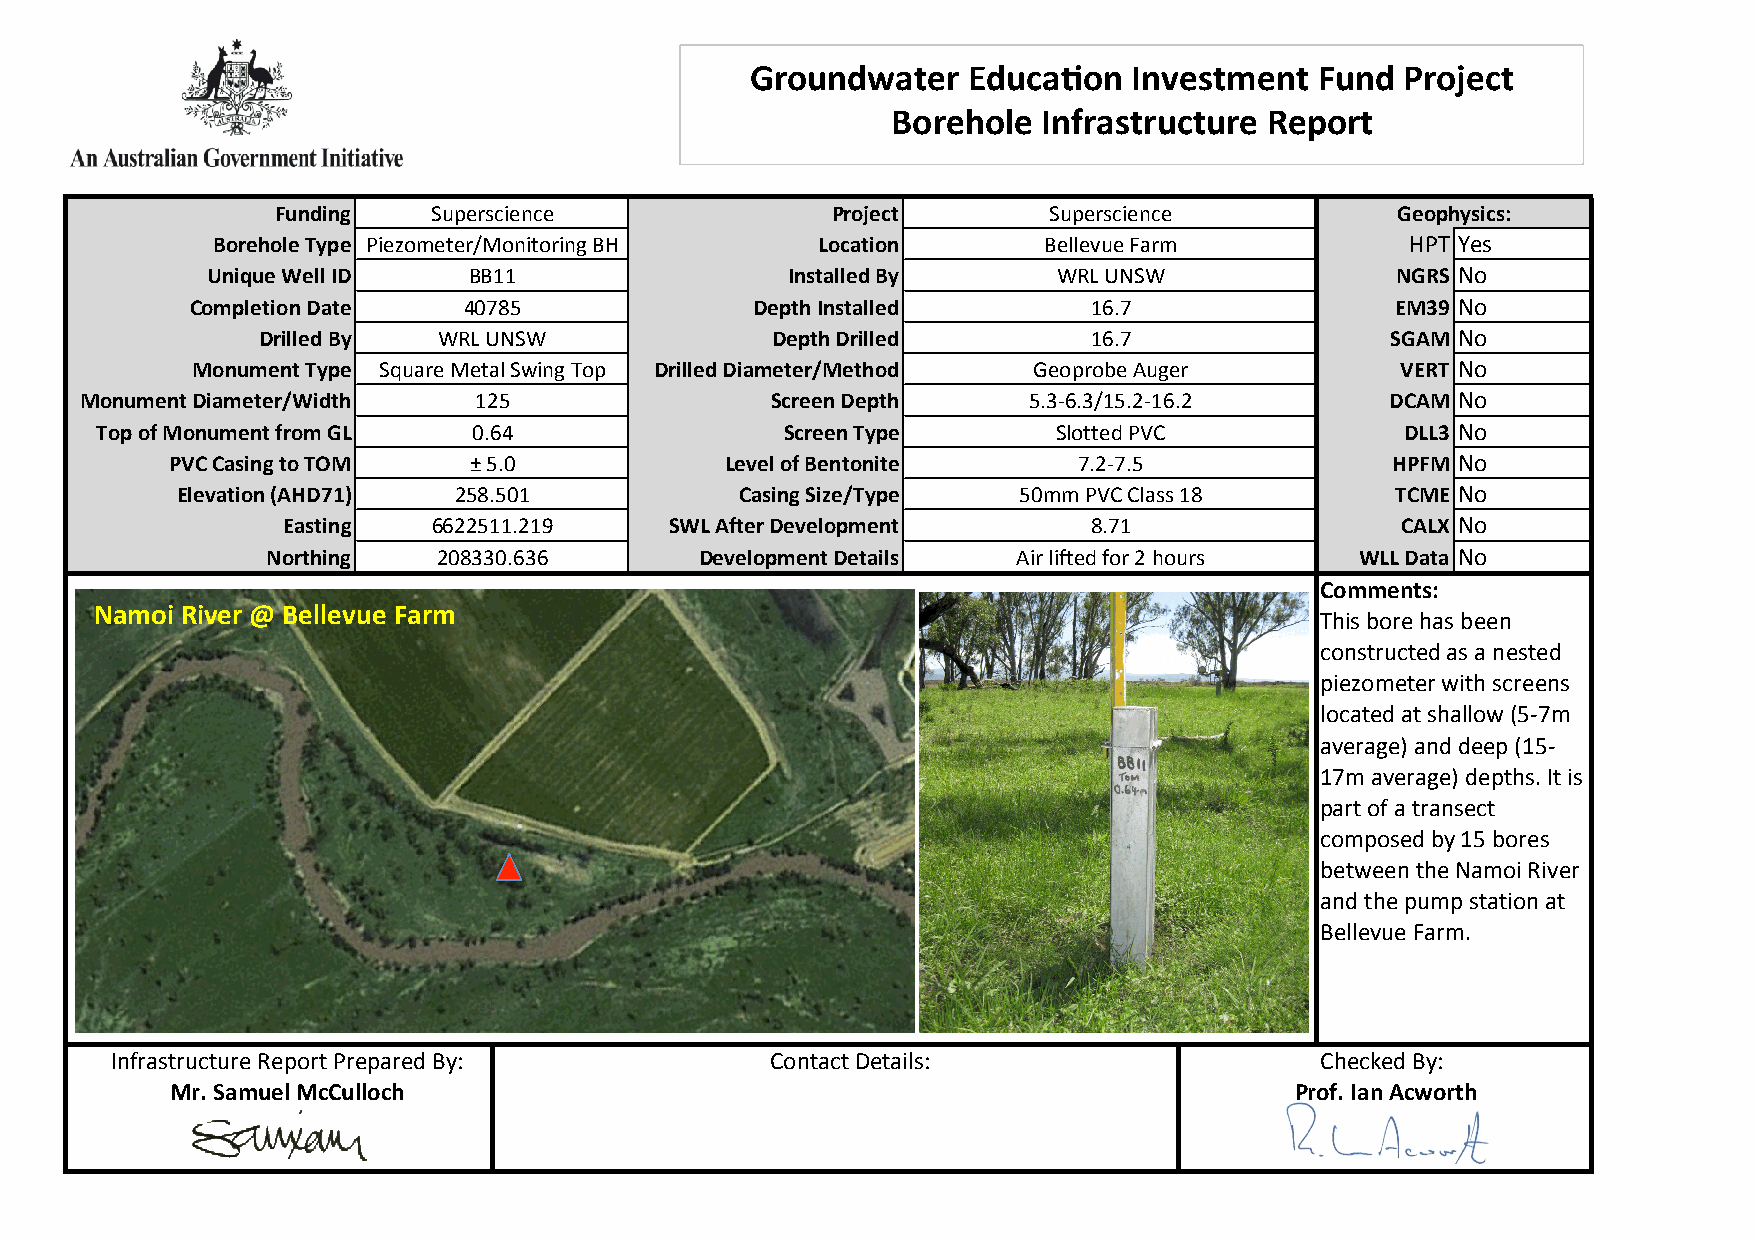
Groundwater   EducaWon   Investment  Fund  Project
 Borehole  Infrastructure Report
 Funding    Superscience              Project       Superscience           Geophysics:
 Borehole Type Piezometer/Monitoring BH  Location       Bellevue Farm           HPT Yes
 Unique Well ID   BB11                 Installed By      WRL UNSW              NGRS No
 Completion Date   40785              Depth Installed       16.7                EM39 No
 Drilled By  WRL UNSW              Depth Drilled        16.7                SGAM No
 Monument Type Square Metal Swing Top Drilled Diameter/Method Geoprobe Auger     VERT No
 Monument Diameter/Width   125                 Screen Depth     5.3-­‐6.3/15.2-­‐16.2   DCAM No
 Top of Monument from GL  0.64                 Screen Type       Slotted PVC            DLL3 No
 PVC Casing to TOM   ± 5.0            Level of Bentonite     7.2-­‐7.5            HPFM No
 Elevation (AHD71) 258.501            Casing Size/Type  50mm PVC Class 18        TCME No
 Easting   6622511.219    SWL After Development       8.71                 CALX No
 Northing   208330.636       Development Details  Air lifted for 2 hours WLL Data No
 Comments:
 Namoi River @ Bellevue Farm
 This bore has been
 constructed as a nested
 piezometer with screens
 located at shallow (5-­‐7m
 average) and deep (15-­‐
 17m average) depths. It is
 part of a transect
 composed by 15 bores
 between the Namoi River
 and the pump station at
 Bellevue Farm.
 Infrastructure Report Prepared By:          Contact Details:                    Checked By:
 Mr. Samuel McCulloch                                                       Prof. Ian Acworth